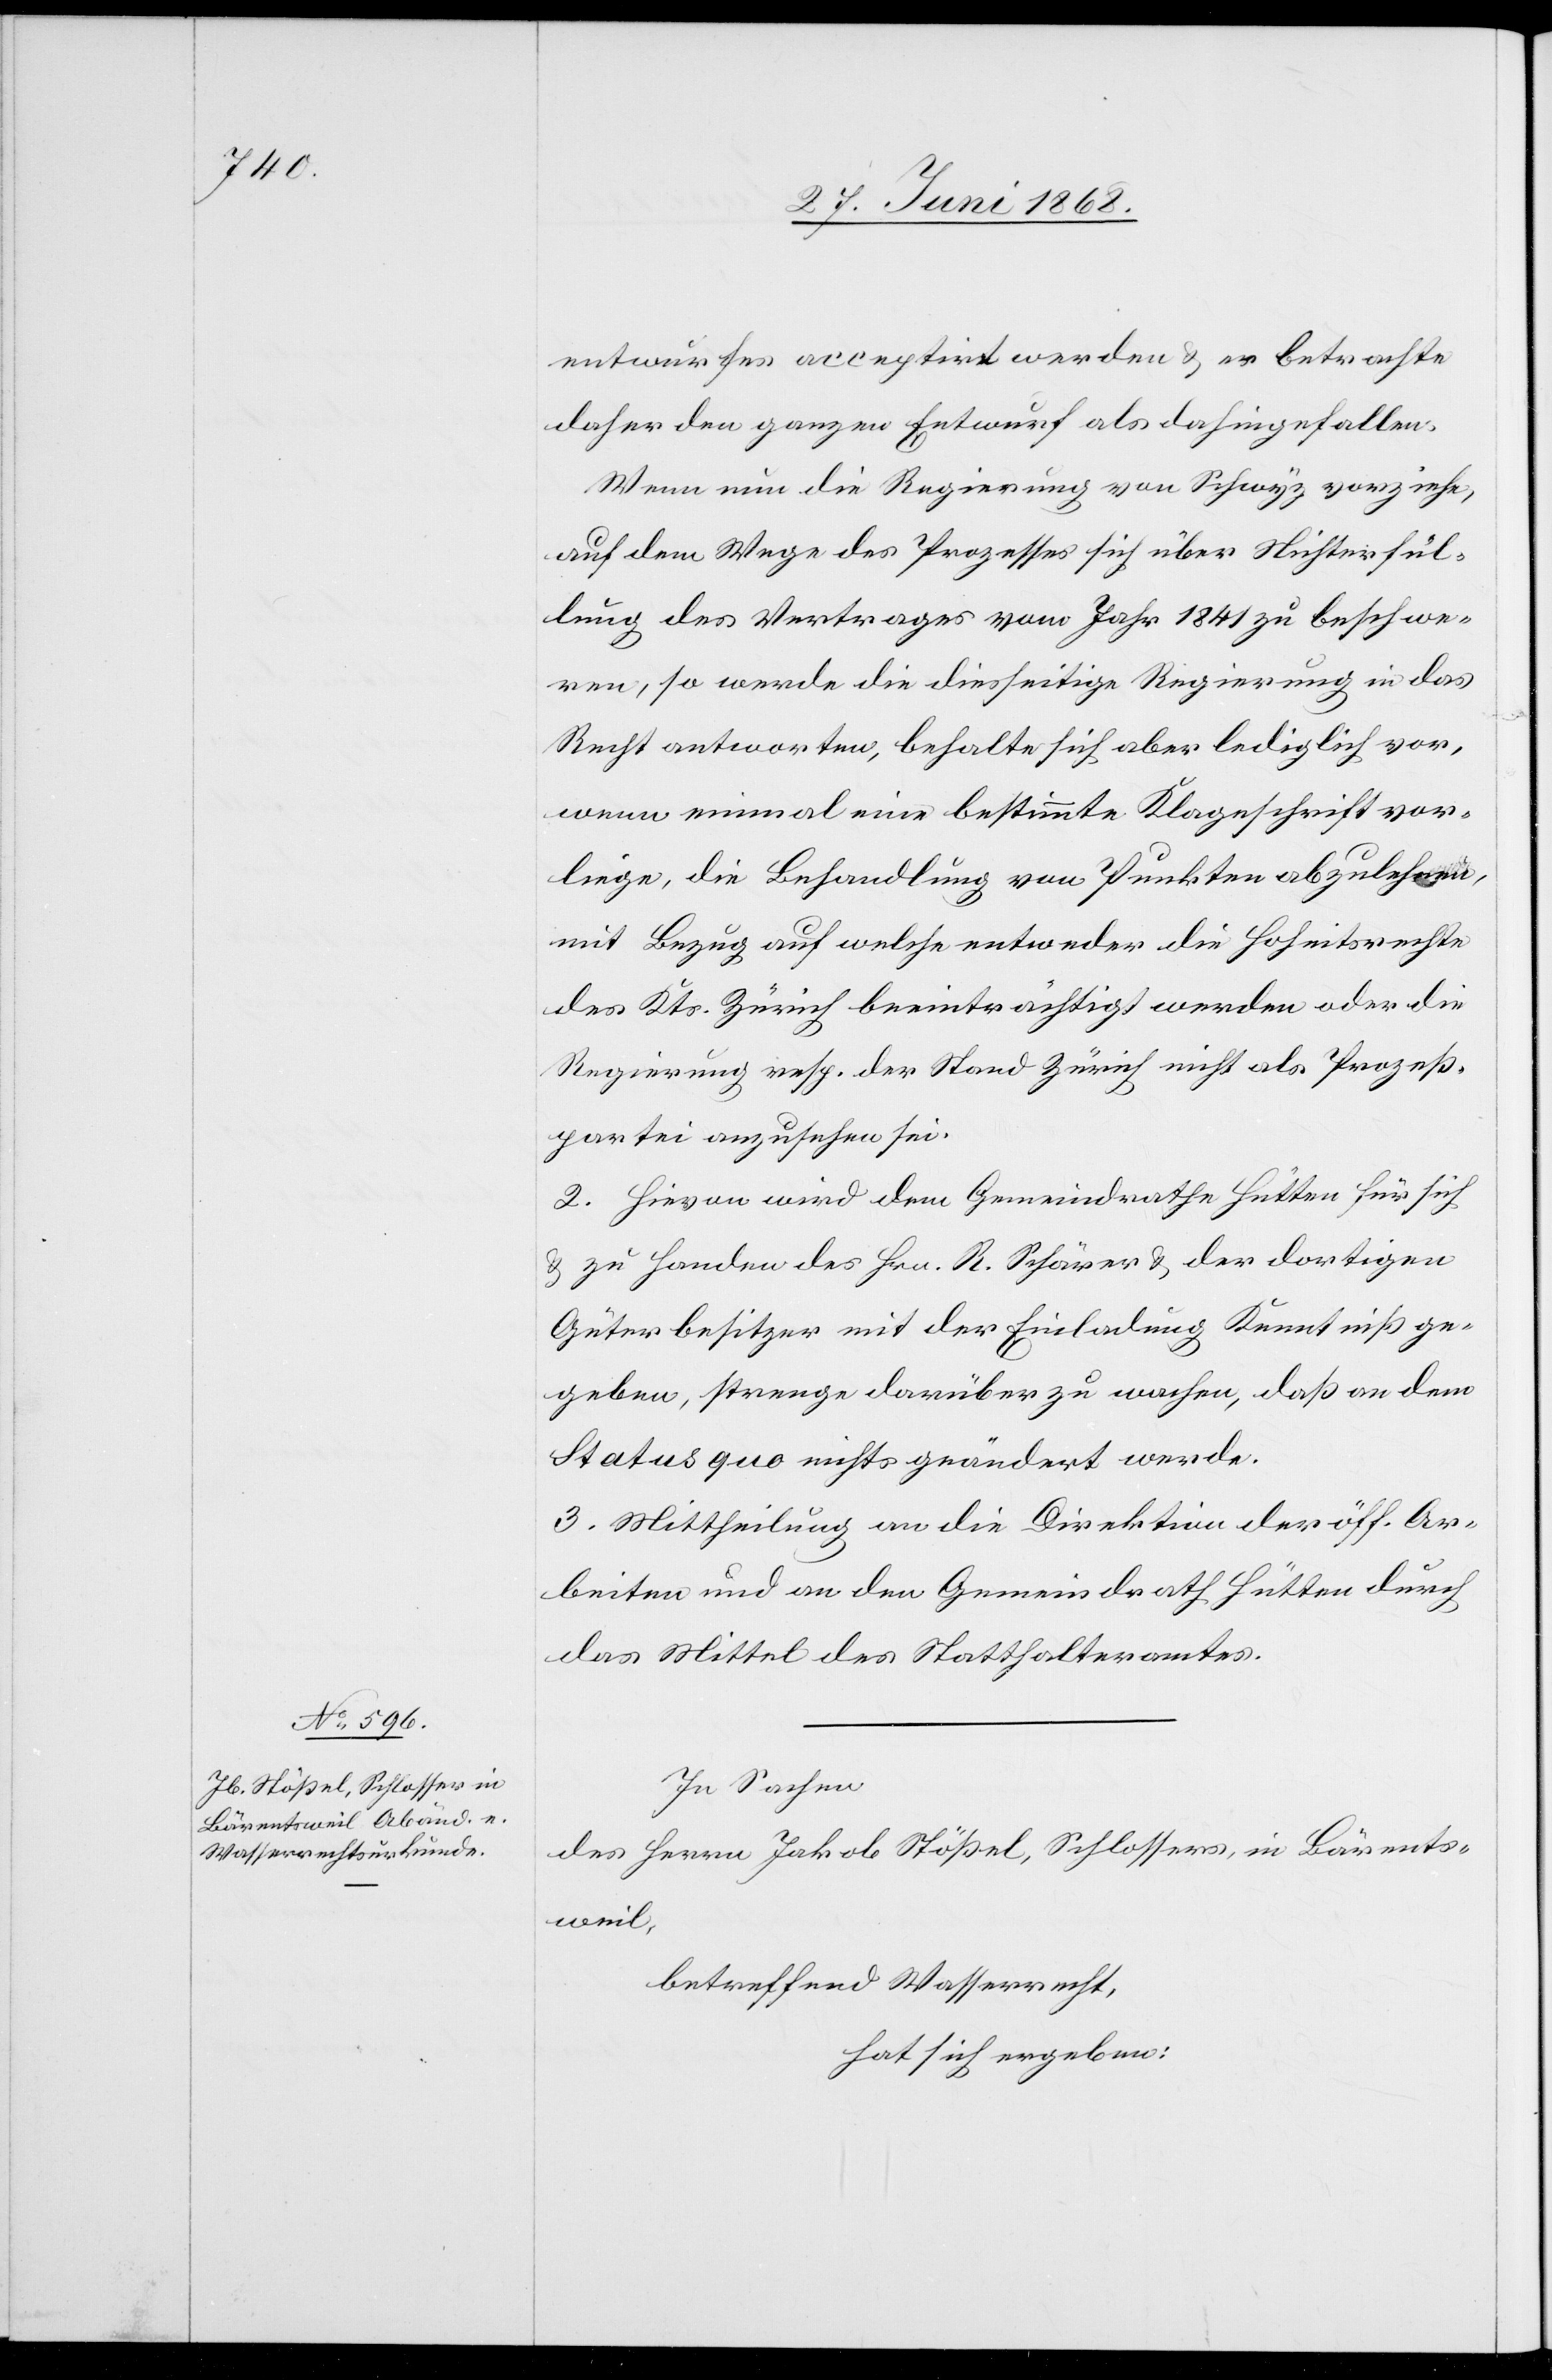
entwurfes acceptirt werden & er betrachte
daher den ganzen Entwurf als dahingefallen.
Wenn nun die Regierung von Schwyz vorziehe,
auf dem Wege des Prozesses sich über Nichterfül¬
lung des Vertrages vom Jahr 1841 zu beschwe¬
ren, so werde die diesseitige Regierung in das
Recht antworten, behalte sich aber lediglich vor,
wenn einmal eine bestimmte Klageschrift vor¬
liege, die Behandlung von Punkten abzulehnen,
mit Bezug auf welche entweder die Hoheitsrechte
des Kts. Zürich beeinträchtigt werden oder die
Regierung resp. der Stand Zürich nicht als Prozeß¬
partei anzusehen sei.
2. Hievon wird dem Gemeindrathe Hütten für sich
& zu Handen des Hrn. R. Schärer & der dortigen
Güterbesitzer mit der Einladung Kenntniß ge¬
geben, strenge darüber zu wachen, daß an dem
Status quo nichts geändert werde.
3. Mittheilung an die Direktion der öff. Ar¬
beiten und an den Gemeindrath Hütten durch
das Mittel des Statthalteramtes.
In Sachen
des Herrn Jakob Stößel, Schlossers, in Bärents¬
weil,
betreffend Wasserrecht,
hat sich ergeben: